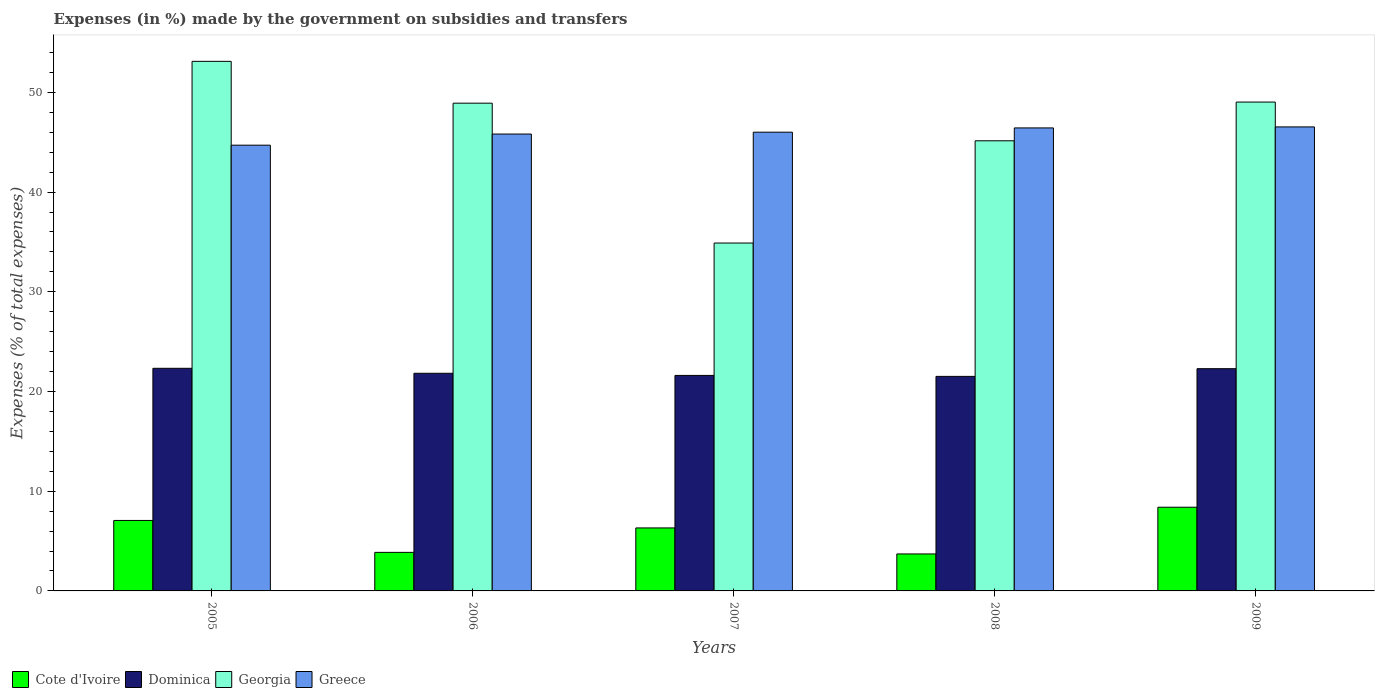
| Years | Cote d'Ivoire | Dominica | Georgia | Greece |
 | --- | --- | --- | --- | --- |
 | 2005 | 7.07 | 22.3 | 53.1 | 44.7 |
 | 2006 | 3.87 | 21.8 | 48.9 | 45.8 |
 | 2007 | 6.32 | 21.6 | 34.9 | 46 |
 | 2008 | 3.71 | 21.5 | 45.1 | 46.4 |
 | 2009 | 8.39 | 22.3 | 49 | 46.5 |